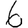
Digit: 6